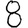
Digit: 8